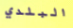
البلدي